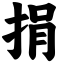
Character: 捐